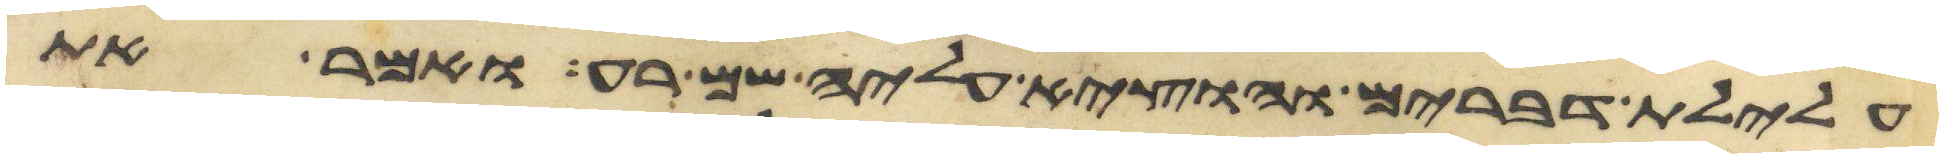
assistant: עלילת דברים והוציא עליה שם רע ואמר את